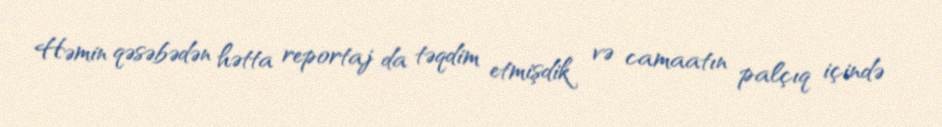
Həmin qəsəbədən hətta reportaj da təqdim etmişdik və camaatın palçıq içində